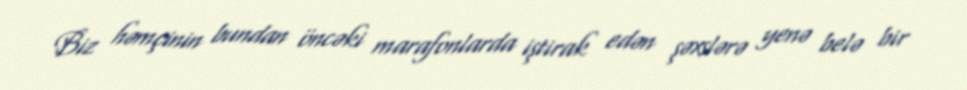
Biz həmçinin bundan öncəki marafonlarda iştirak edən şəxslərə yenə belə bir